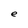
Character: e